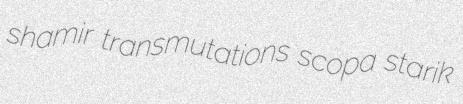
shamir transmutations scopa starik